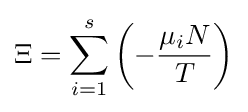
\Xi =\sum _{i=1}^{s}\left(-{\frac {\mu _{i}N}{T}}\right)